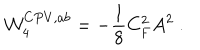
{ \cal W } _ { 4 } ^ { C P V , a b } = - { \frac { 1 } { 8 } } C _ { F } ^ { 2 } A ^ { 2 } \ .